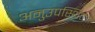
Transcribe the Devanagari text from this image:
अनुउपस्थित